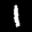
Label: 1